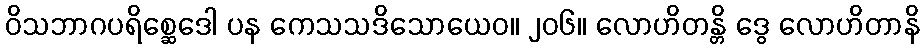
ဝိသဘာဂပရိစ္ဆေဒေါ ပန ကေသသဒိသောယေဝ။ ၂၀၆။ လောဟိတန္တိ ဒွေ လောဟိတာနိ